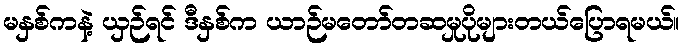
မနှစ်ကနဲ့ ယှဉ်ရင် ဒီနှစ်က ယာဉ်မတော်တဆမှုပိုများတယ်ပြောရမယ်။